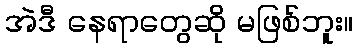
အဲဒီ နေရာတွေဆို မဖြစ်ဘူး။